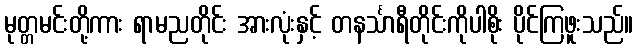
မုတ္တမင်းတို့ကား ရာမညတိုင်း အားလုံးနှင့် တနင်္သာရီတိုင်းကိုပါစိုး ပိုင်ကြဖူးသည်။